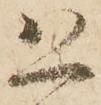
恐